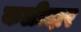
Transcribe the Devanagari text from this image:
कळीदार